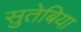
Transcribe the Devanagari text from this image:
सुतेबिया